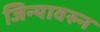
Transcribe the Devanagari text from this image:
जिन्यावरुन